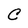
Character: C